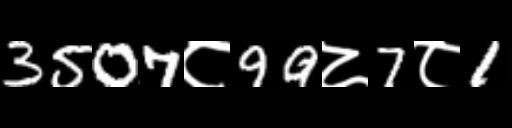
Text: 3507८99८7८1